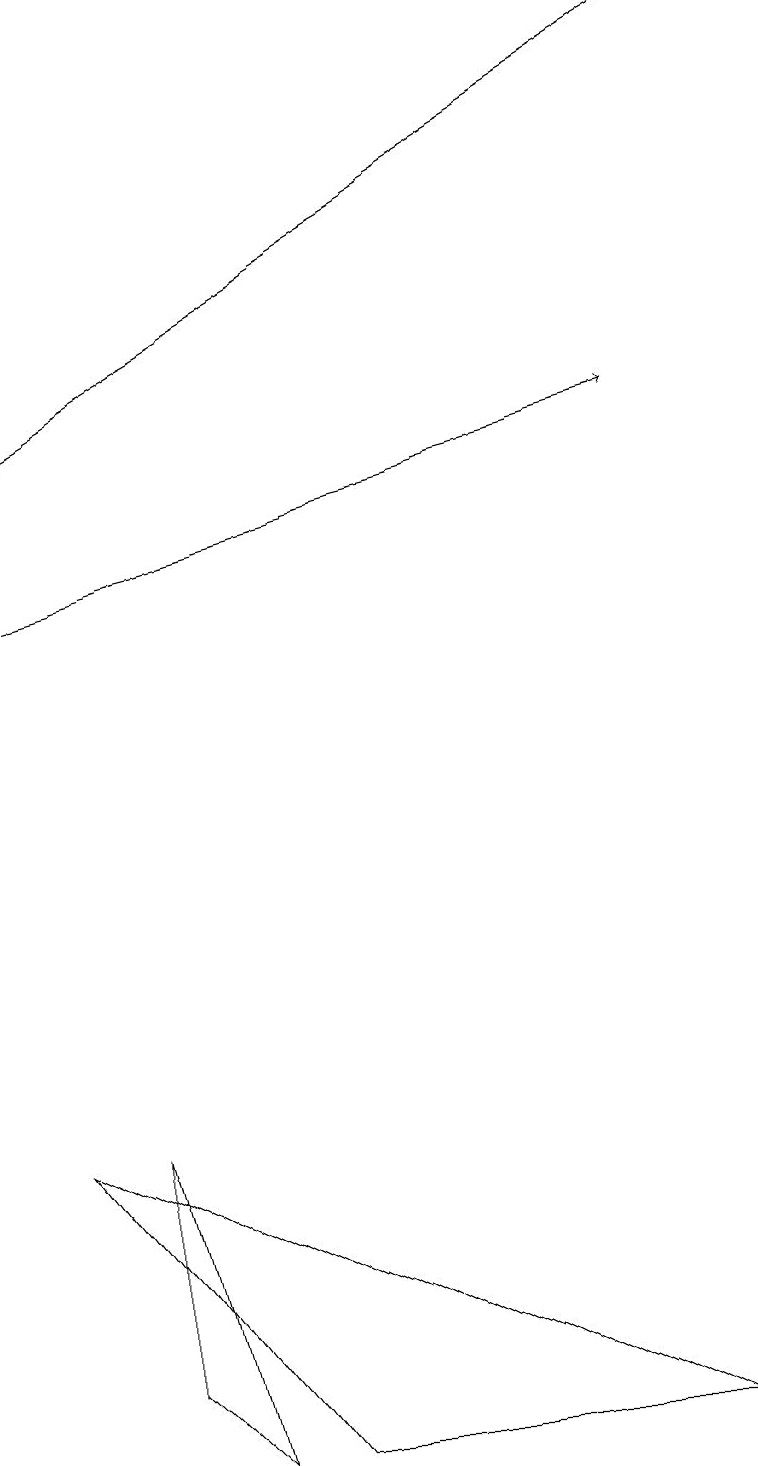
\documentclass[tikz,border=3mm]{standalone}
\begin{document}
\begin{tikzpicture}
\draw (3,0) -- (0,4) -- (8,0) -- cycle;
\draw (1,1) -- (2,0) -- (1,4) -- cycle;
\draw[->] (0,11) -- (8,13);
\draw[->] (9,18) -- (0,13);
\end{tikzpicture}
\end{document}